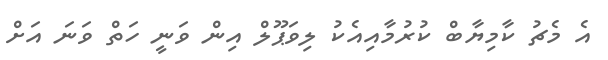
އެ މެޗު ކާމިޔާބް ކުރުމާއިއެކު ލިވަޕޫލް އިން ވަނީ ހަތް ވަނަ އަށް